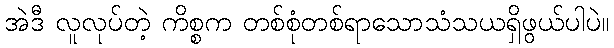
အဲဒီ လူလုပ်တဲ့ ကိစ္စက တစ်စုံတစ်ရာသောသံသယရှိဖွယ်ပါပဲ။